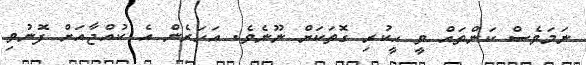
ނަމަވެސް ކަންތައް ވީ ހީކުރި ގޮތަކަށް ނޫނެވެ. އަހަރެން އެ ކުއްޖާއަށް ފޮނުވި